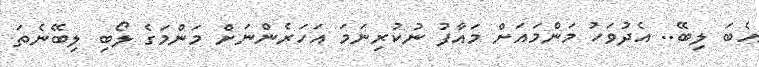
އެބަ ލިބޭ.. އެދުވަހު މަންމައަށް މައާފު ނުކުރިނަމަ އަހަރެންނަށް މަންމަގެ ލޯބި ލިބޭނެތަ